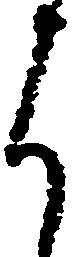
よ